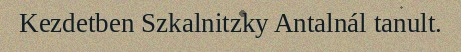
Kezdetben Szkalnitzky Antalnál tanult.